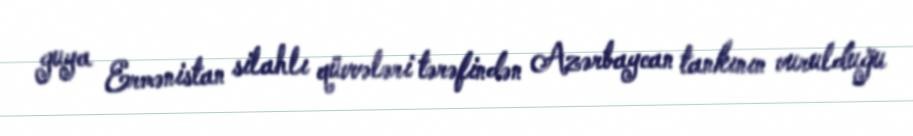
guya Ermənistan silahlı qüvvələri tərəfindən Azərbaycan tankının vurulduğu